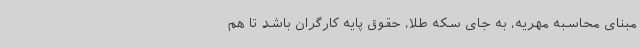
مبنای محاسبه مهریه، به جای سکه طلا، حقوق پایه کارگران باشد تا هم